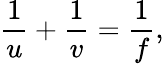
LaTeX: \frac{1}{u}+\frac{1}{v}=\frac{1}{f},